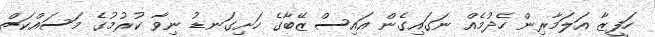
ހަފީޒާ އަލަމާރިން ހެދުމެއް ނަގައިގެން އައިސް ޒޭބާގެ ހަށިގަނޑު ނިވާ ކުރުމުގެ މަސައްކަތް